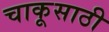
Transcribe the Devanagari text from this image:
चाकूसाठी